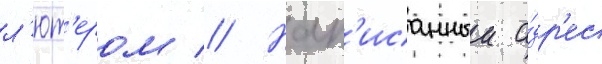
л'ют'ером // Нап'исанныи а́др'ес